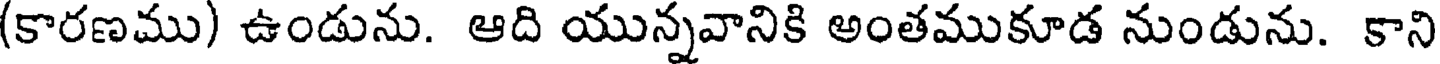
(కారణము) ఉండును. ఆది యున్నవానికి అంతముకూడ నుండును. కాని